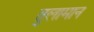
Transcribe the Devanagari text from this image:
तुलामान